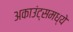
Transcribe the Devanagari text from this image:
अकाउंट्समध्ये